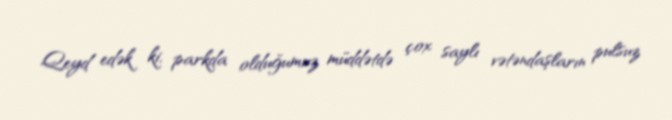
Qeyd edək ki, parkda olduğumuz müddətdə çox saylı vətəndaşların pulsuz